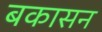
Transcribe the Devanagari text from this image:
बकासन